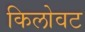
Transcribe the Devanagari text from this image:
किलोवट